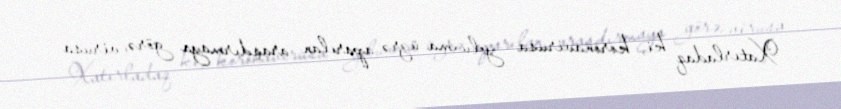
Xatırladaq ki, koronavirusa yoluxma üzrə aparılan araşdırmaya görə, virusa